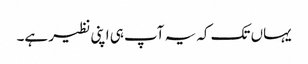
یہاں تک کہ یہ آپ ہی اپنی نظیر ہے۔